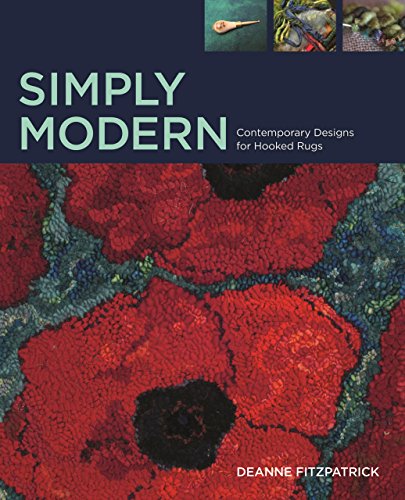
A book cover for Simply Modern: Contemporary Designs for Hooked Rugs; Deanne Fitzpatrick; Crafts, Hobbies & Home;